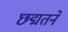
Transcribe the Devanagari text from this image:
छद्मतने